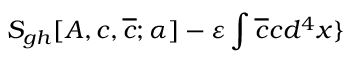
S _ { g h } [ A , c , \overline { { { c } } } ; \alpha ] - \varepsilon \int \overline { { { c } } } c d ^ { 4 } x \}